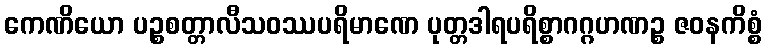
ကေဏိယော ပဉ္စစတ္တာလီသဝဿပရိမာဏေ ပုတ္တဒါရပရိစ္စာဂဂ္ဂဟဏဉ္စ ဇဝနကိစ္စံ